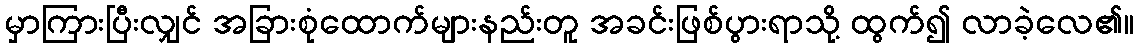
မှာကြားပြီးလျှင် အခြားစုံထောက်များနည်းတူ အခင်းဖြစ်ပွားရာသို့ ထွက်၍ လာခဲ့လေ၏။